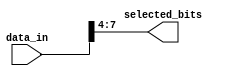
module part_select_example (
    input wire [15:0] data_in,  // Larger vector input (16 bits)
    output wire [3:0] selected_bits // Selected portion output (4 bits)
);

// Continuous assignment to select bits [7:4] from data_in
assign selected_bits = data_in[7:4]; // Selecting bits 7 to 4 from data_in

endmodule